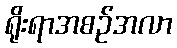
ရိုးရာအစဉ်အလာ